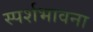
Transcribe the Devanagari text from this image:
स्पर्शभावना